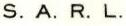
S. A. R. L.